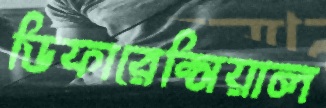
ডিফারেন্সিয়াল